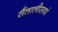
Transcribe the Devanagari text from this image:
सैंतालीसवां